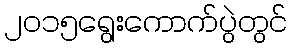
၂၀၁၅ရွေးကောက်ပွဲတွင်